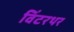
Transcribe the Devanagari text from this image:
विंटरथर